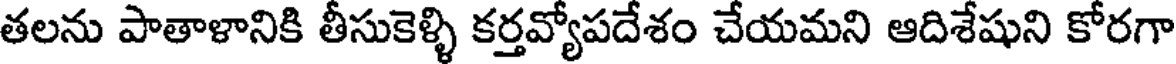
తలను పాతాళానికి తీసుకెళ్ళి కర్తవ్యోపదేశం చేయమని ఆదిశేషుని కోరగా